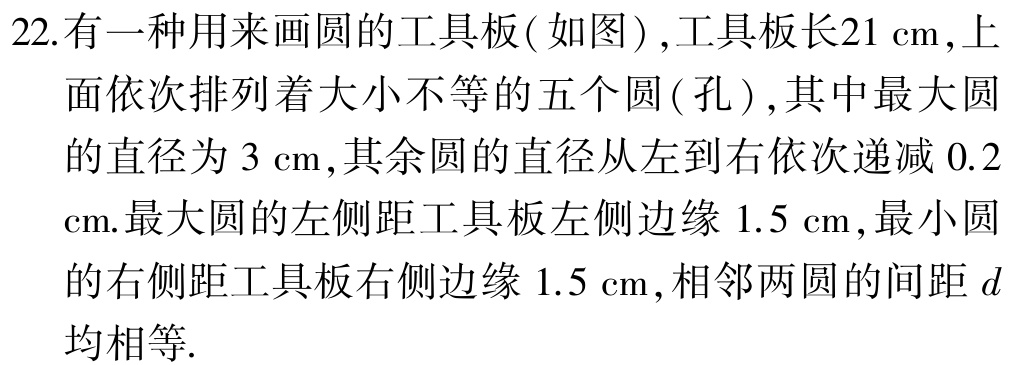
22. 有一种用来画圆的工具板( 如图), 工具板长\(21\mathrm{cm}\), 上

面依次排列着大小不等的五个圆( 孔), 其中最大圆

的直径为\(3\mathrm{cm}\), 其余圆的直径从左到右依次递减\(0.2\)

\(\mathrm{cm}\). 最大圆的左侧距工具板左侧边缘\(1.5\mathrm{cm}\), 最小圆

的右侧距工具板右侧边缘\(1.5\mathrm{cm}\), 相邻两圆的间距\(d\)

均相等.